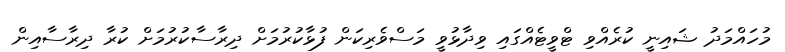
މުހައްމަދު ޝައިނީ ކުރެއްވި ޓްވީޓެއްގައި ވިދާޅުވީ މަސްވެރިކަން ފުޅާކުރުމަށް ދިރާސާކުރުމަށް ކުރާ ދިރާސާއިން